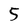
Character: 5